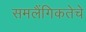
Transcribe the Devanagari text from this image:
समलैंगिकतेचे